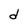
Character: d